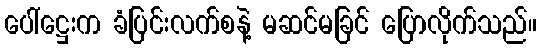
ပေါ်ဋ္ဌေးက ခံပြင်းလက်စနဲ့ မဆင်မခြင် ပြောလိုက်သည်။